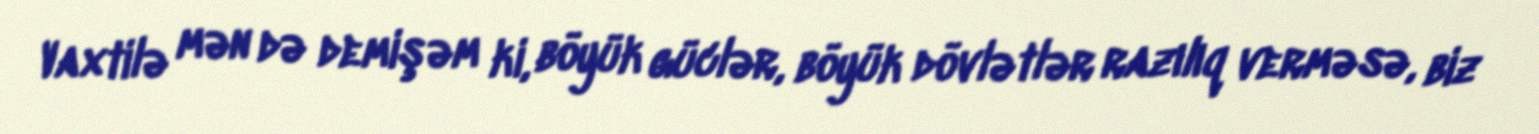
Vaxtilə mən də demişəm ki, böyük güclər, böyük dövlətlər razılıq verməsə, biz